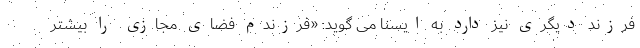
فرزند دیگری نیز دارد به ایسنا می گوید: «فرزندم فضای مجازی را بیشتر